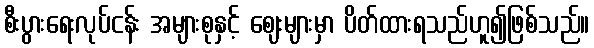
စီးပွားရေးလုပ်ငန်း အများစုနှင့် ဈေးများမှာ ပိတ်ထားရသည်ဟူ၍ဖြစ်သည်။